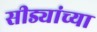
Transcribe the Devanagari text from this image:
सीड्यांच्या